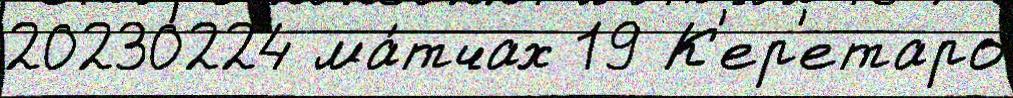
20230224 ма́тчах 19 К'ер'етаро